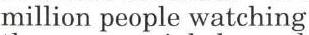
million people watching